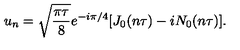
u _ { n } = \sqrt { \frac { \pi \tau } { 8 } } e ^ { - i \pi / 4 } [ J _ { 0 } ( n \tau ) - i N _ { 0 } ( n \tau ) ] .